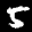
Label: 5